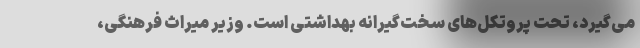
می‌گیرد، تحت پروتکل‌های سخت‌گیرانه بهداشتی است. وزیر میراث فرهنگی،